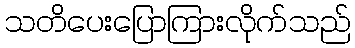
သတိပေးပြောကြားလိုက်သည်